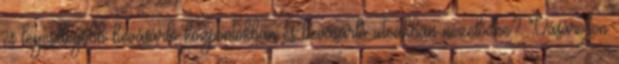
és legcsillogóbb bevásárló központokban és bevásárló utcákban nézelődne? Vásároljon